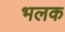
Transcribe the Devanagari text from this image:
भलक